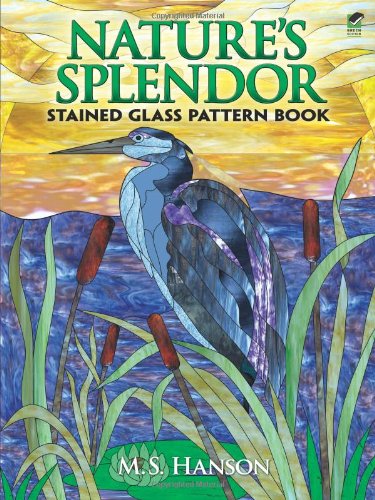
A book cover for Nature's Splendor Stained Glass Pattern Book; M. S. Hanson; Crafts, Hobbies & Home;